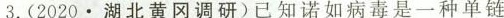
3.(2020.湖北黄冈调研)已知诺如病毒是一种单链